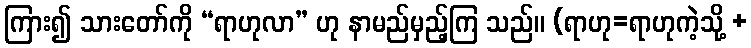
ကြား၍ သားတော်ကို “ရာဟုလာ” ဟု နာမည်မှည့်ကြ သည်။ (ရာဟု=ရာဟုကဲ့သို့ +